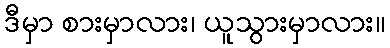
ဒီမှာ စားမှာလား၊ ယူသွားမှာလား။